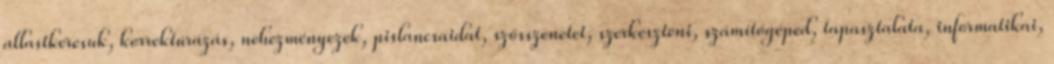
allastkeresuk, korrektúrázás, nehezményezek, pislancsaidat, szösszenetet, szerkeszteni, számítógéped, tapasztalata, informatikai,